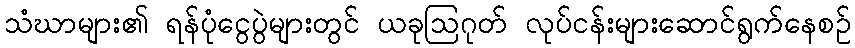
သံဃာများ၏ ရန်ပုံငွေပွဲများတွင် ယခုဩဂုတ် လုပ်ငန်းများဆောင်ရွက်နေစဉ်